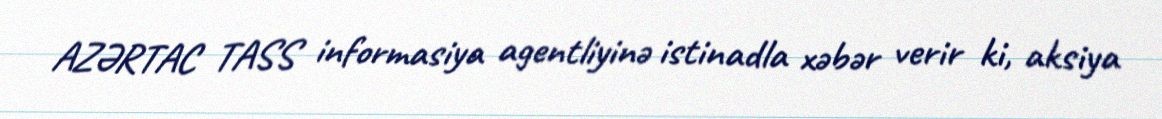
AZƏRTAC TASS informasiya agentliyinə istinadla xəbər verir ki, aksiya